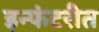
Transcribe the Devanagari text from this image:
इन्फंटरीत